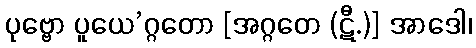
ပုဗ္ဗော ပူယေ’ဂ္ဂတော [အဂ္ဂတေ (ဋီ.)] အာဒေါ၊